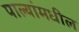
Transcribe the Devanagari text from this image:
पाल्यांमधील